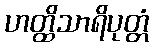
ဟတ္ထိသာရိပုတ္တံ